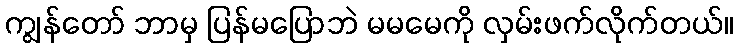
ကျွန်တော် ဘာမှ ပြန်မပြောဘဲ မမမေကို လှမ်းဖက်လိုက်တယ်။